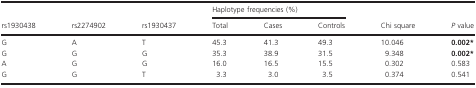
<table><thead><tr><td rowspan="2"><b>rs1930438</b></td><td rowspan="2"><b>rs2274902</b></td><td rowspan="2"><b>rs1930437</b></td><td colspan="3"><b>Haplotype frequencies (%)</b></td><td rowspan="2"><b>Chi square</b></td><td rowspan="2"><b><i>P</i> value</b></td></tr><tr><td><b>Total</b></td><td><b>Cases</b></td><td><b>Controls</b></td></tr></thead><tbody><tr><td>G</td><td>A</td><td>T</td><td>45.3</td><td>41.3</td><td>49.3</td><td>10.046</td><td><b>0.002</b>*</td></tr><tr><td>G</td><td>G</td><td>G</td><td>35.3</td><td>38.9</td><td>31.5</td><td>9.348</td><td><b>0.002</b>*</td></tr><tr><td>A</td><td>G</td><td>G</td><td>16.0</td><td>16.5</td><td>15.5</td><td>0.302</td><td>0.583</td></tr><tr><td>G</td><td>G</td><td>T</td><td>3.3</td><td>3.0</td><td>3.5</td><td>0.374</td><td>0.541</td></tr></tbody></table>